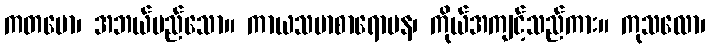
ကတမော၊ အဘယ်မည်သော။ ကာယသမာစာရောပန၊ ကိုယ်အကျင့်သည်ကား။ ကုသလော၊